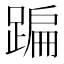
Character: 蹁